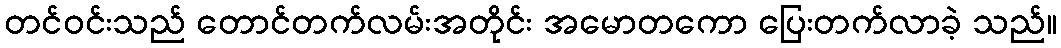
တင်ဝင်းသည် တောင်တက်လမ်းအတိုင်း အမောတကော ပြေးတက်လာခဲ့ သည်။